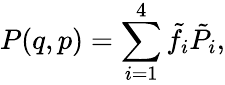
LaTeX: P(q,p)=\sum_{i=1}^{4}\tilde{f}_{i}\tilde{P}_{i},